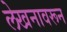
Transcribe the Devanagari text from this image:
लेखनावरून